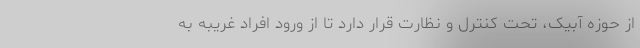
از حوزه آبیک، تحت کنترل و نظارت قرار دارد تا از ورود افراد غریبه به